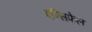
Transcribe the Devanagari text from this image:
एन्सिफेल